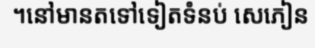
។នៅមានតទៅទៀតទំនប់ សេភៀន